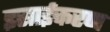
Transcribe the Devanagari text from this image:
इसाईकरण